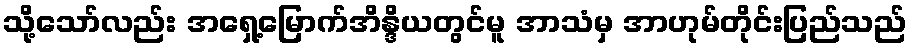
သို့သော်လည်း အရှေ့မြောက်အိန္ဒိယတွင်မူ အာသံမှ အာဟုမ်တိုင်းပြည်သည်